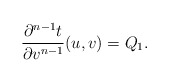
\begin{align*} \frac{\partial^{n-1}t}{\partial v^{n-1}}(u,v)=Q_1.\end{align*}